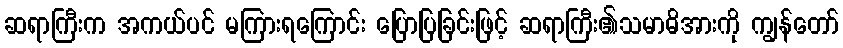
ဆရာကြီးက အကယ်ပင် မကြားရကြောင်း ပြောပြခြင်းဖြင့် ဆရာကြီး၏သမာဓိအားကို ကျွန်တော်